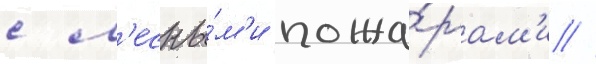
с л'есны́м'и пожа́рам'и //